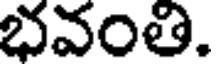
భవంతి.